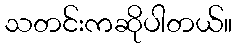
သတင်းကဆိုပါတယ်။